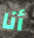
أنا